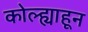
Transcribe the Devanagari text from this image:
कोल्ह्याहून